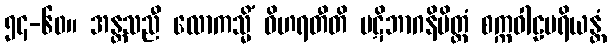
၅၄-၆၀။ အန္တသညီ လောကသ္မိံ ဝိဟရတီတိ ပဋိဘာဂနိမိတ္တံ စက္ကဝါဠပရိယန္တံ